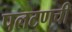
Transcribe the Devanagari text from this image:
पलटणची